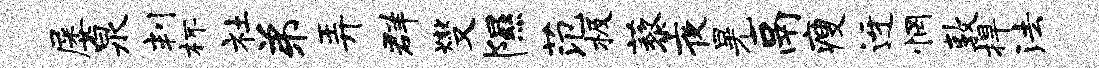
屡泉判杯社弟弄群燮隰范极藜夜晃鬲瘦迓惘敦捍法